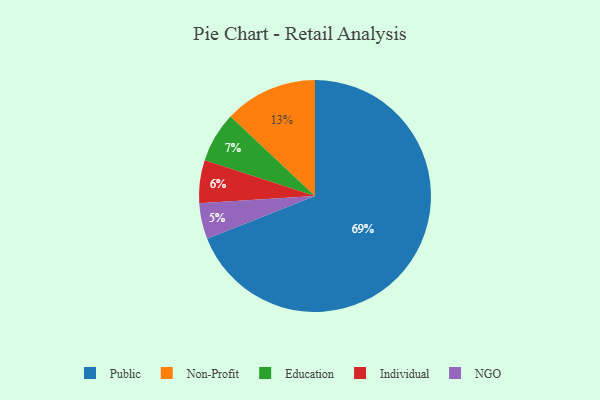
{"axis": {"x": "Category", "y": "Percentage"}, "legend": ["Education", "Individual", "NGO", "Non-Profit", "Public"], "data": [{"x": "Public", "y": 69, "type": "Public"}, {"x": "Non-Profit", "y": 13, "type": "Non-Profit"}, {"x": "NGO", "y": 5, "type": "NGO"}, {"x": "Education", "y": 7, "type": "Education"}, {"x": "Individual", "y": 6, "type": "Individual"}]}